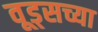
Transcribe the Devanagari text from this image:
वूड्सच्या